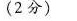
（2分）